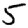
Digit: 5